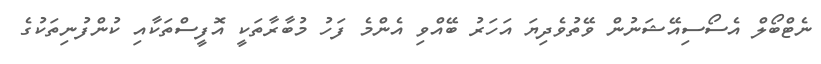
ނެޓްބޯލް އެސޯސިއޭޝަނުން ވޭތުވެދިޔަ އަހަރު ބޭއްވި އެންމެ ފަހު މުބާރާތަކީ އޮފީސްތަކާއި ކުންފުނިތަކުގެ